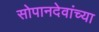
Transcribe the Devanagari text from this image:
सोपानदेवांच्या